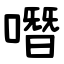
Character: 噆